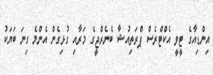
އިންޑިއާގެ ޓީވީ އެކްޓްރެސް ޕްރަތިއުޝާ ބެނެރްޖީގެ މަރާއި ގުޅިގެން އެންމެ ގިނަ ބަޔަކު